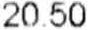
20.50